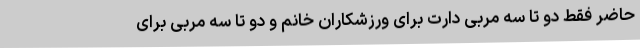
حاضر فقط دو تا سه مربی دارت برای ورزشکاران خانم و دو تا سه مربی برای